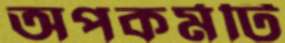
অপকর্মটি